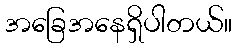
အခြေအနေရှိပါတယ်။